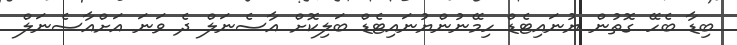
ބިޑާ ބެހޭ ގޮތުން ޔުނައިޓެޑް ހިމޭނުންޔުނައިޓެޑް ބަލިކޮށް އާސެނަލް ދެ ވަނަ އަށްއާސެނަލް